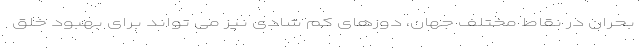
بحران در نقاط مختلف جهان، دوزهای کم شادی نیز می تواند برای بهبود خلق